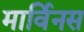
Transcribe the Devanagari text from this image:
मार्विनस